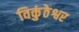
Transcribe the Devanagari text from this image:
विकुंठेश्वर